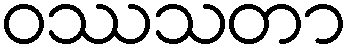
ဝဿသတာ